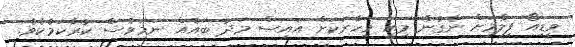
ވީޑިއޯ ފިލްމަށް ނެގުން މިއީ މިހާރަކަށް އައިސް މަދު ބައެއް ނަމަވެސް ކުރާކަމެކެވެ.